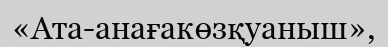
«Ата-анағакөзқуаныш»,